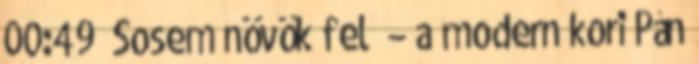
00:49 „Sosem növök fel” – a modern kori Pán